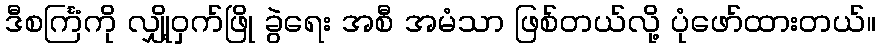
ဒီစင်္ကြံကို လျှို့ဝှက်ဖြို ခွဲရေး အစီ အမံသာ ဖြစ်တယ်လို့ ပုံဖော်ထားတယ်။